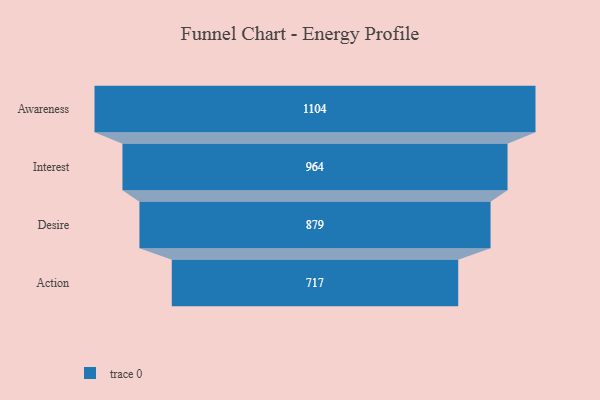
{"axis": {"x": "Stage", "y": "Value"}, "legend": [""], "data": [{"x": "Awareness", "y": 1104.0, "type": ""}, {"x": "Interest", "y": 964.0, "type": ""}, {"x": "Desire", "y": 879.0, "type": ""}, {"x": "Action", "y": 717.0, "type": ""}]}